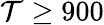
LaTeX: \mathcal{T}\geq900